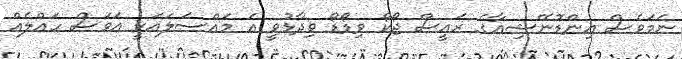
ނަމަވެސް އިންޑޮނޭޝިއާގެ ރައީސް ޖޯކޯ ވިޑޯޑޯ ވިދާޅުވީ އެ މައްސަލައަކީ އަވަސް ހައްލެއް